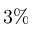
3 \%